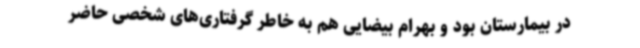
در بیمارستان بود و بهرام بیضایی هم به‌ خاطر گرفتاری‌های شخصی حاضر